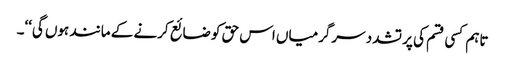
تاہم کسی قسم کی پر تشدد سرگرمیاں اس حق کو ضائع کرنے کے مانند ہوں گی‘‘۔